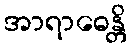
အာရာဓေန္တိ